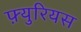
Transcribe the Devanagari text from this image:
फ़्युरियस